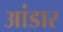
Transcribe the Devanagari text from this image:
आंडार